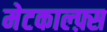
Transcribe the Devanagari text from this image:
मेटकाल्फ़्स